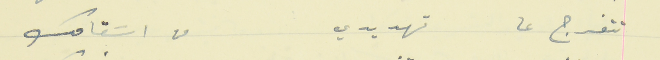
تتفرج عا تهديدي                                         من اسَقامك